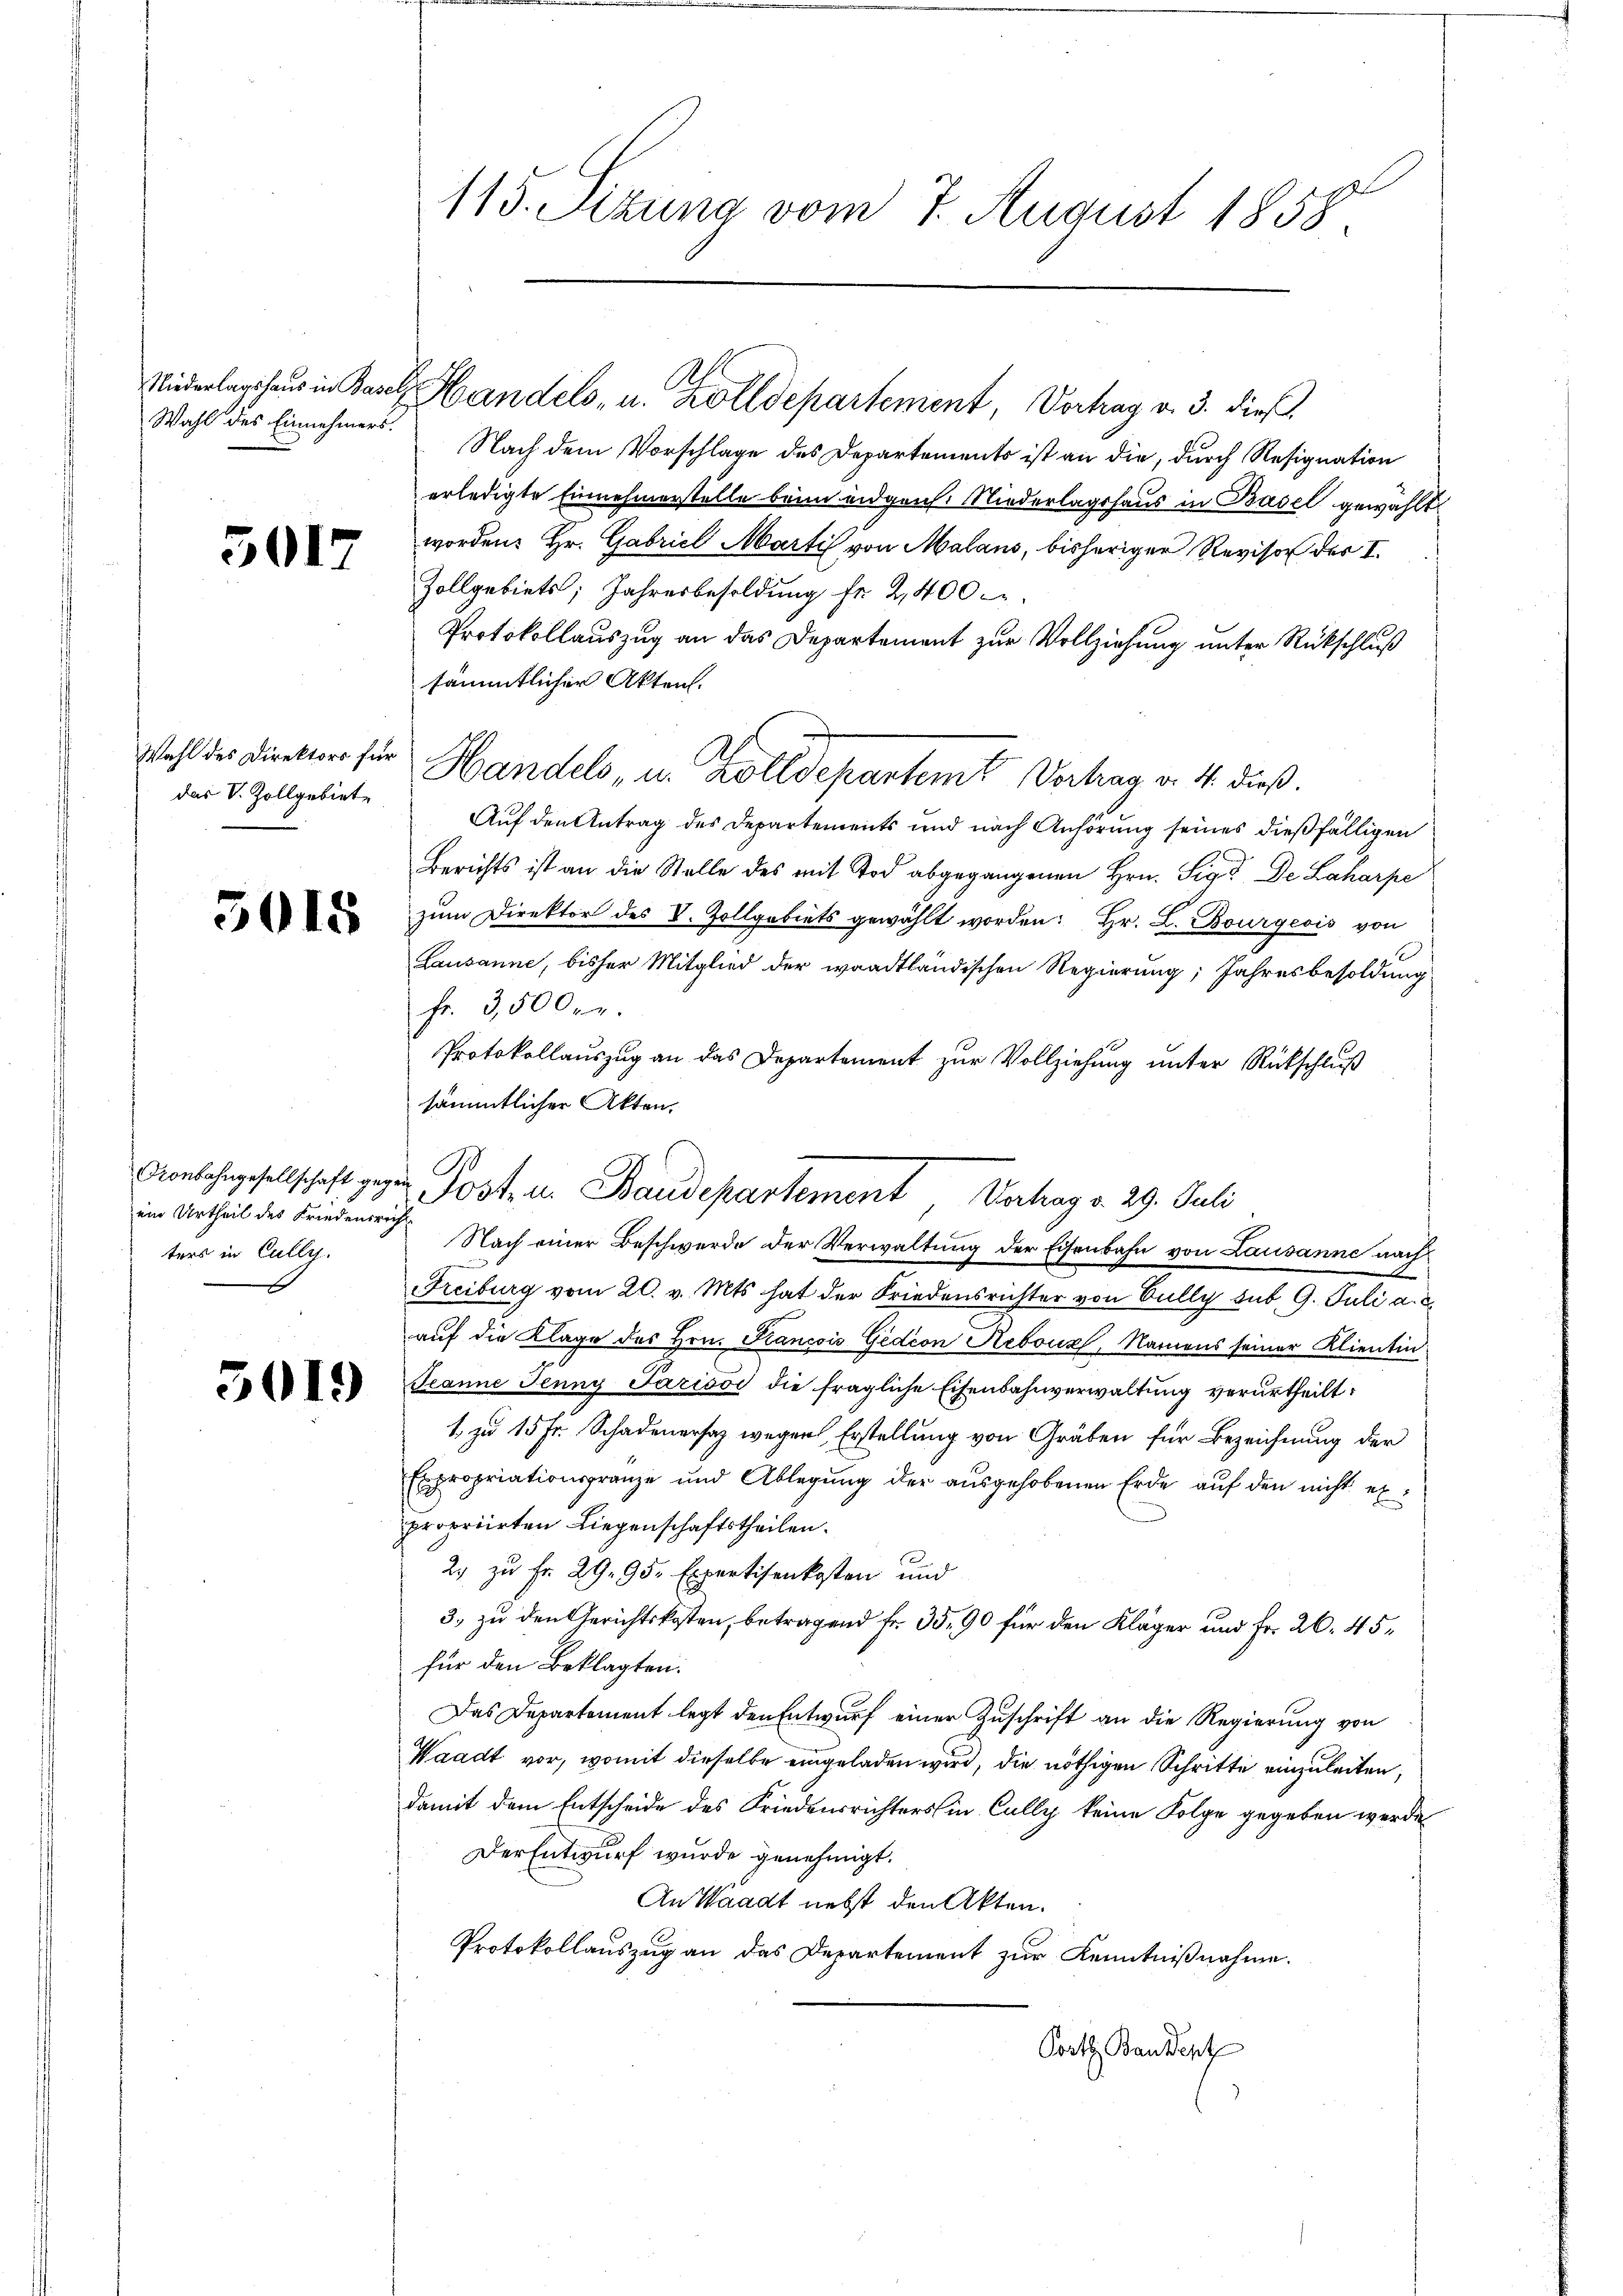
Niederlagshaus in Basel.
Wahl des Einnehmers.

5017

Wahl des Direktors für
das V. Zollgebiet

5018

ein Urtheil des Friedensricht
ters in Cully.

113. Situng vom 7. August 1858.

Nach dem Vorschlage des Departements ist an die, durch Resignation
erledigte Einnehmerstelle beim und grif Niederlagshaus in Basel gewählt
worden: Hr. Gabriel Marti von Malans, bisheriger Revisor des I.
Zollgebiets; Jahresbesoldung fr. 2,400
Protokollauszug an das Departement zur Vollziehung unter Rückschluß
sämmtlicher Akten.
Handels, u. Zolldepartem Vertrag v. 4. dieß.
Auf den Antrag des Departements und nach Anhörung seines dießfälligen
Berichts ist an die Stelle des mit Tod abgegangenen Hrn. Sie de Laharpe
zŭm Direktor des V. Zollgebiets gewählt worden: Hr. L. Bourgeois von
Lausanne, bisher Mitglied der waadtländischen Regierung; Jahresbesoldung
fr. 3,500 r.
Protokollauszug an das Departement zur Vollziehung unter Rückschluß
sämmtlicher Akten.

Handels- u. Zolldepartement, Vortrag v. 3. dieß

auf die Klage des Hrn. Kancois Gedion Hebouz, Namens seiner Klientin
 Jeanne Jenny Parisos die fragliche Eisenbahnverwaltung verurtheilt:
1. zu 15 Fr. Schadenersaz wegen Erstellung von Gräben für Bezeichnung der
Expropriationsgränze und Ablegung der ausgehobenen Erde auf den nicht expropriirten Liegenschaftstheilen.
2) zu Fr. 29. 95. Expertisenkosten und
3. zu den Gerichtskosten, betragend Fr. 35, 90 für den Kläger und Fr. 20. 45,
für den Beklagten.
Das Departement legt den Entwurf einer Zuschrift an die Regierung von
Waadt vor, womit dieselbe eingeladen wird, die nöthigen Schritte einzuleiten,
damit dem Entscheide des Friedensrichters in Cully keine Folge gegeben werde
Der Entwurf wurde genehmigt.
An Waadt nebst den Akten.
Protokollauszug an das Departement zur Kenntnißnahme.
Porte Bandert

Anlehngesellschaft gegen Post- u. Baudepartement Vertrag v. 29. Juli
Nach einer Beschwerde der Verwaltung der Eisenbahn von Lausanne nach
Freiburg vom 20. v. Mts hat der Friedensrichter von Bully sub. 9. Juli a. c.